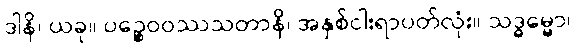
ဒါနိ၊ ယခု။ ပဉ္စေဝဝဿသတာနိ၊ အနှစ်ငါးရာပတ်လုံး။ သဒ္ဓမ္မော၊